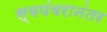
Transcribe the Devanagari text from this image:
स्वयंवरानंतर